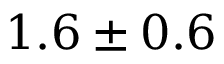
1 . 6 \pm 0 . 6